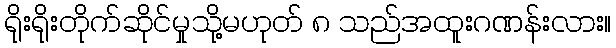
ရိုးရိုးတိုက်ဆိုင်မှုသို့မဟုတ် ၈ သည်အထူးဂဏန်းလား။